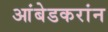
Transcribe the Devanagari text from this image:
आंबेडकरांन